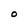
Character: O